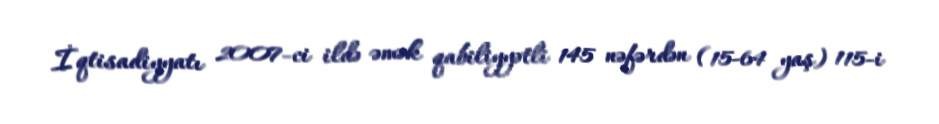
İqtisadiyyatı 2007-ci ildə əmək qabiliyyətli 145 nəfərdən (15-64 yaş) 115-i